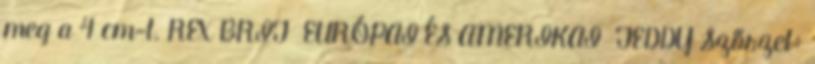
meg a 4 cm-t. REX BRIT EURÓPAI ÉS AMERIKAI TEDDY Szőrzet: